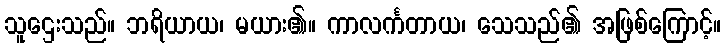
သူဌေးသည်။ ဘရိယာယ၊ မယား၏။ ကာလင်္ကတာယ၊ သေသည်၏ အဖြစ်ကြောင့်။